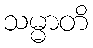
သမ္မာတိ